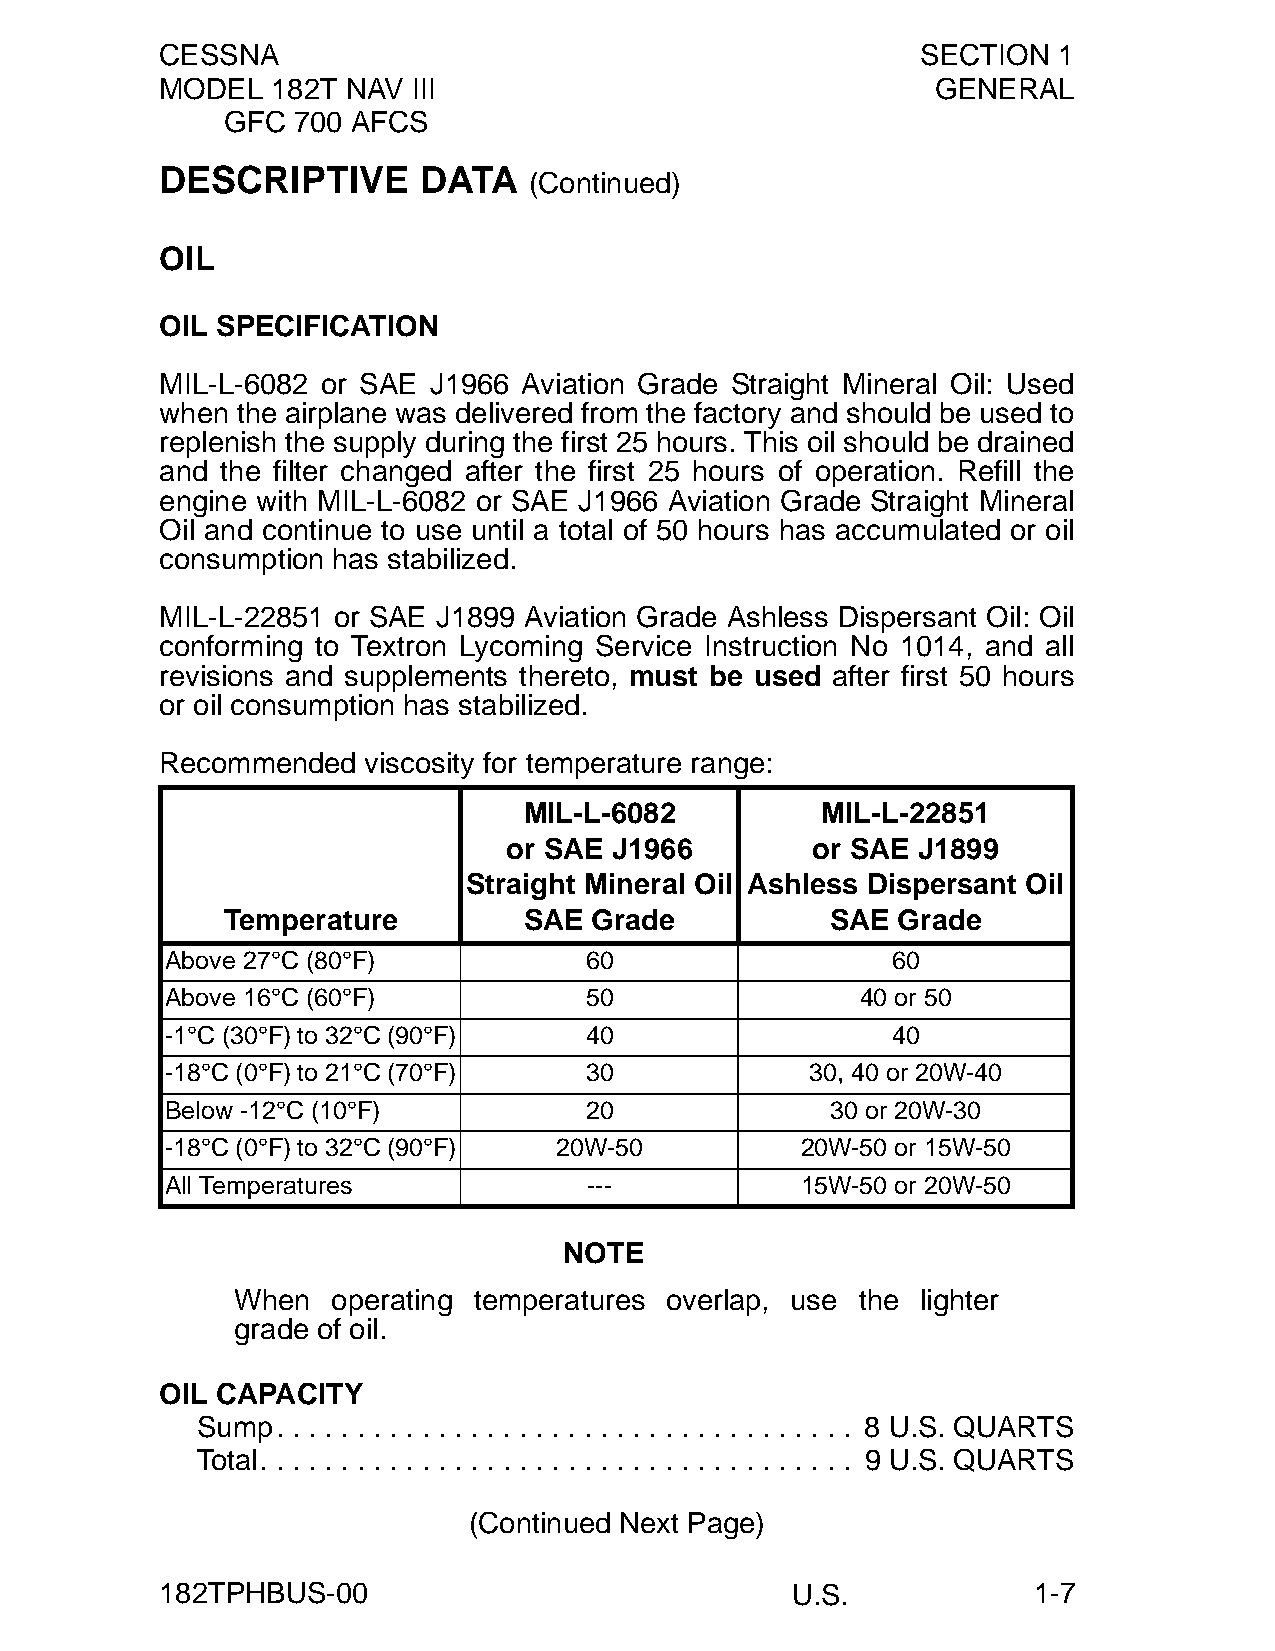
CESSNA                                            SECTION  1
 MODEL  182T NAV III                                GENERAL
 GFC 700 AFCS
 DESCRIPTIVE      DATA
 (Continued)
 OIL
 OIL SPECIFICATION
 MIL-L-6082 or SAE J1966 Aviation Grade Straight Mineral Oil: Used
 when the airplane was delivered from the factory and should be used to
 replenish the supply during the first 25 hours. This oil should be drained
 and the filter changed after the first 25 hours of operation. Refill the
 engine with MIL-L-6082 or SAE J1966 Aviation Grade Straight Mineral
 Oil and continue to use until a total of 50 hours has accumulated or oil
 consumption has stabilized.
 MIL-L-22851 or SAE J1899 Aviation Grade Ashless Dispersant Oil: Oil
 conforming to Textron Lycoming Service Instruction No 1014, and all
 revisions and supplements thereto, must be used after first 50 hours
 or oil consumption has stabilized.
 Recommended  viscosity for temperature range:
 MIL-L-6082         MIL-L-22851
 or SAE J1966        or SAE J1899
 Straight Mineral Oil Ashless Dispersant Oil
 Temperature         SAE Grade           SAE Grade
 Above 27°C (80°F)           60                  60
 Above 16°C (60°F)           50                40 or 50
 -1°C (30°F) to 32°C (90°F)  40                  40
 -18°C (0°F) to 21°C (70°F)  30             30, 40 or 20W-40
 Below -12°C (10°F)          20              30 or 20W-30
 -18°C (0°F) to 32°C (90°F) 20W-50         20W-50 or 15W-50
 All Temperatures            ---           15W-50 or 20W-50
 NOTE
 When  operating temperatures overlap, use the lighter
 grade of oil.
 OIL CAPACITY
 Sump. . . . . . . . . . . . . . . . . . . . . . . . . . . . . . . . . . . . 8 U.S. QUARTS
 Total. . . . . . . . . . . . . . . . . . . . . . . . . . . . . . . . . . . . . 9 U.S. QUARTS
 (Continued Next Page)
 182TPHBUS-00                             U.S.            1-7